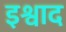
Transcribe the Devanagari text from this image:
इश्वाद